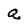
Character: a